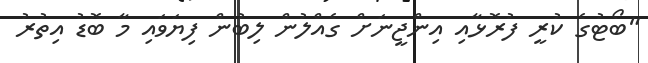
"ބޯޓުގެ ކުރީ ފުރޮޅާއި އިންޖީނަށް ގެއްލުން ލިބުން ފިޔަވައި މާ ބޮޑު އިތުރު